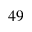
^ { 4 9 }